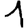
Digit: 1